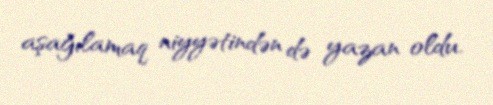
aşağılamaq niyyətindən də yazan oldu.